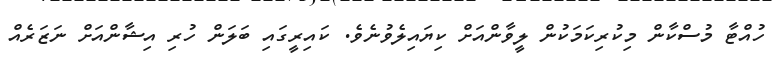
ހުއްޓާ މުސްކާން މިކުރިކަމަކުން ލީވާންއަށް ކިޔައިލެވުނެވެ. ކައިރީގައި ބަލަން ހުރި އިޝާންއަށް ނަޒަރެއް